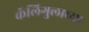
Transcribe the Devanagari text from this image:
कॅलिगुलाच्या